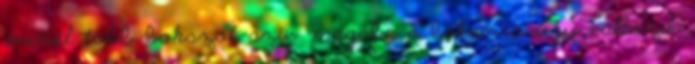
minél több bokszot sziv magába a bakancs úgy változik